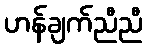
ဟန်ချက်ညီညီ